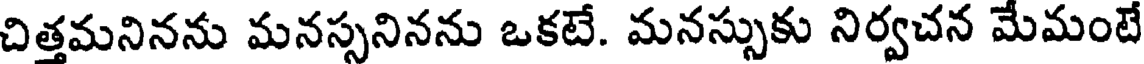
చిత్తమనినను మనస్సనినను ఒకటే. మనస్సుకు నిర్వచన మేమంటే